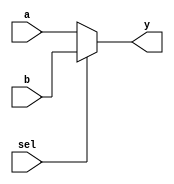
module mux_2_to_1 (
    input wire [1:0] a,      // 2-bit input signal a
    input wire [1:0] b,      // 2-bit input signal b
    input wire sel,          // Select signal
    output wire [1:0] y      // 2-bit output signal y
);

// Continuous assignment for the output based on select signal
assign y = (sel) ? b : a;

endmodule